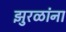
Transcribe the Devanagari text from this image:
झुरळांना